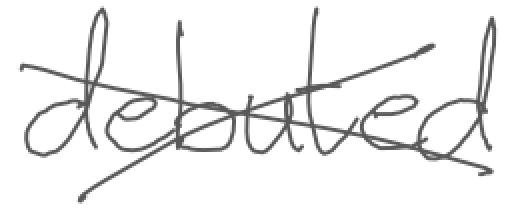
Text: debuted
Cross-out: cross
Writing tool: digital_gray